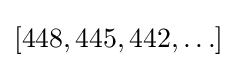
[448,445,442,\ldots ]